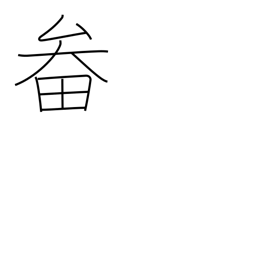
Meaning: basket